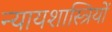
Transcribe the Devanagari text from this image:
न्यायशास्त्रियों